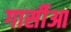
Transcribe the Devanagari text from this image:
गार्सीआ